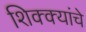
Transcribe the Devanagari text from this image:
शिक्क्यांचे